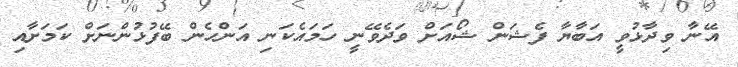
އޭނާ ވިދާޅުވީ އަބާޔާ ފެޝަން ޝޯއަށް ވަދެވޭނީ ހަމައެކަނި އަންހެން ބޭފުޅުންނަށް ކަމަށާއި